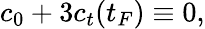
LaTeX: c_{0}+3c_{t}(t_{F})\equiv 0,